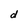
Character: d